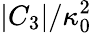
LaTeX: {|C_{3}|}/{\kappa_{0}^{2}}